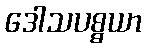
ဒေါသပစ္စယာ